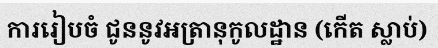
ការរៀបចំ ជូននូវអត្រានុកូលដ្ឋាន (កើត ស្លាប់)